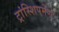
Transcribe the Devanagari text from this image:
ट्रांस्शिपमेण्ट